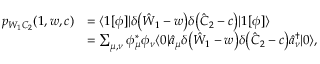
\begin{array} { r l } { p _ { W _ { 1 } C _ { 2 } } ( 1 , w , c ) } & { = \langle 1 [ \phi ] | \delta \bigl ( \hat { W } _ { 1 } - w \bigr ) \delta \bigl ( \hat { C } _ { 2 } - c \bigr ) | 1 [ \phi ] \rangle } \\ & { = \sum _ { \mu , \nu } \phi _ { \mu } ^ { * } \phi _ { \nu } \langle 0 | \hat { a } _ { \mu } \delta \bigl ( \hat { W } _ { 1 } - w \bigr ) \delta \bigl ( \hat { C } _ { 2 } - c \bigr ) \hat { a } _ { \nu } ^ { \dagger } | 0 \rangle , } \end{array}